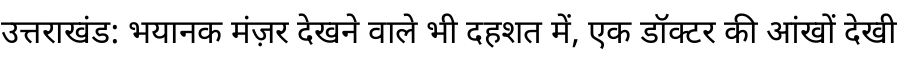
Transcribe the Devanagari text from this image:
उत्तराखंड: भयानक मंज़र देखने वाले भी दहशत में, एक डॉक्टर की आंखों देखी